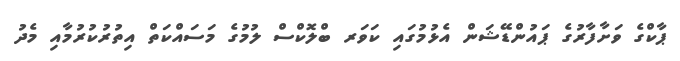
ޕާކްގެ ވަށާފާރުގެ ޕައުންޑޭޝަން އެޅުމުގައި ކަވަރ ބްލޮކްސް ލުމުގެ މަސައްކަތް އިތުރުކުރުމާއި މެދު